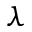
\lambda